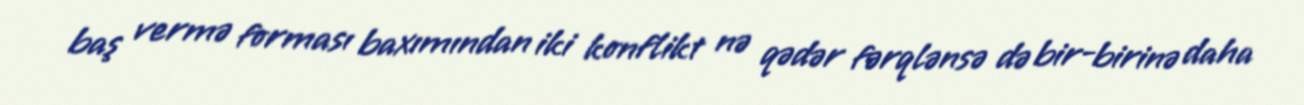
baş vermə forması baxımından iki konflikt nə qədər fərqlənsə də bir-birinə daha